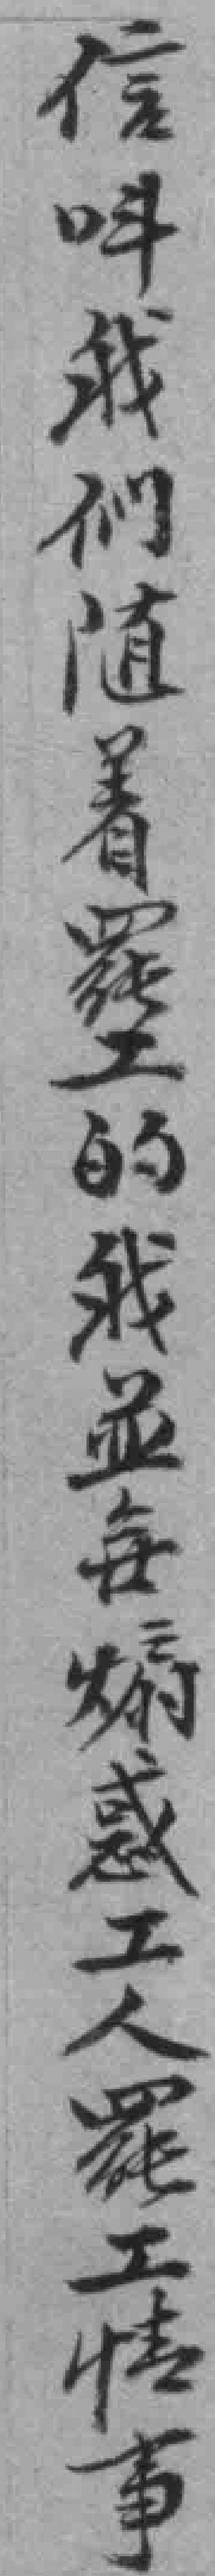
信呌我们隨着罷工的我並每煽惑工人罷工情事